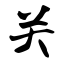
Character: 关